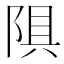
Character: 𫕄